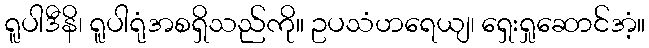
ရူပါဒီနိ၊ ရူပါရုံအစရှိသည်ကို။ ဥပသံဟရေယျ၊ ရှေးရှုဆောင်အံ့။